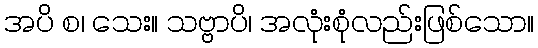
အပိ စ၊ သေး။ သဗ္ဗာပိ၊ အလုံးစုံလည်းဖြစ်သော။